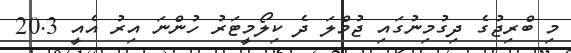
މި ބްރިޖުގެ ދިގުމިނުގައި ޖުމްލަ ދެ ކިލޯމީޓަރު ހުންނަ އިރު އެއީ 20.3